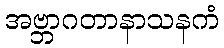
အဗ္ဘာဂတာနာသနကံ